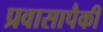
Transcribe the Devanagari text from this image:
प्रवासापैकी